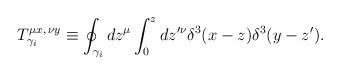
LaTeX: \begin{align*}T_{\gamma_i}^{\mu x,\,\nu y} \equiv\oint_{\gamma_i}dz^{\mu}\int_{0}^{z}dz'^{\nu}\delta^{3}(x-z)\delta^{3}(y-z').\end{align*}